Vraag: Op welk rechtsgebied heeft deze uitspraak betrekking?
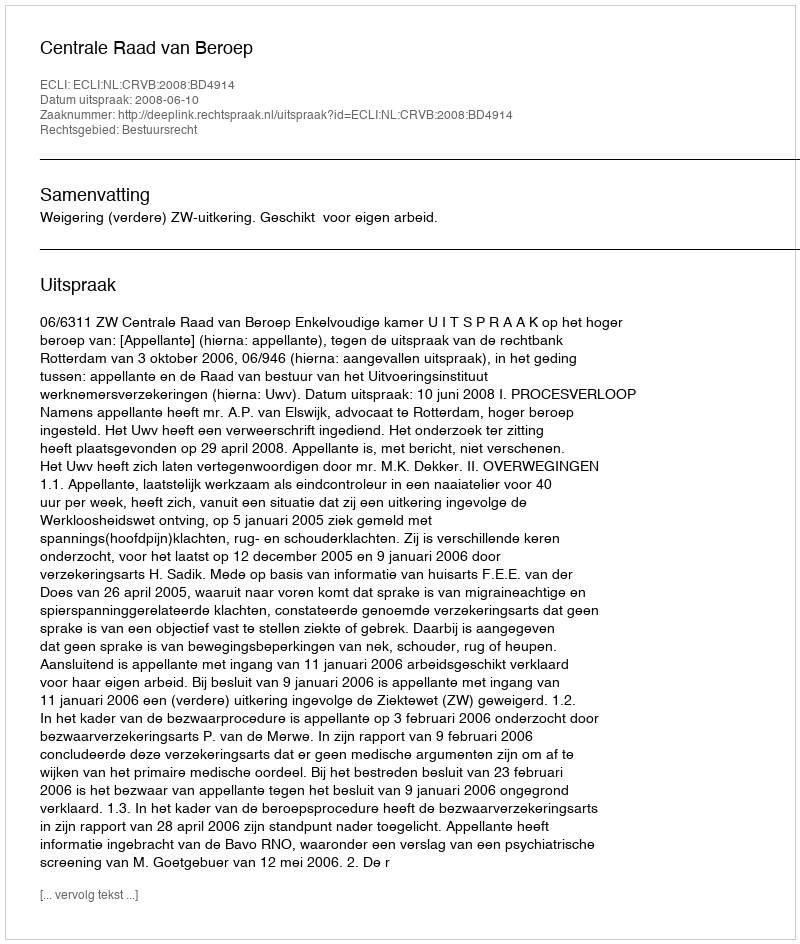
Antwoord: Bestuursrecht